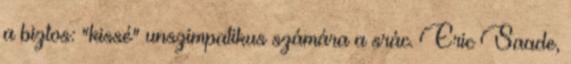
a biztos: "kissé" unszimpatikus számára a srác. Eric Saade,